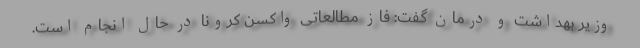
وزیر بهداشت و درمان گفت: فاز مطالعاتی واکسن کرونا در حال انجام است.